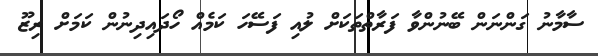
ސާމާނު ގަންނަން ބޭނުންވާ ފަރާތްތަކަށް ލުއި ފަސޭހަ ކަމެއް ހޯދައިދިނުން ކަމަށް ރިޒޫ